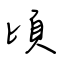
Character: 頃